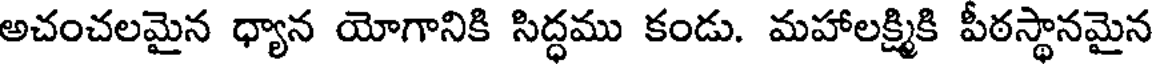
అచంచలమైన ధ్యాన యోగానికి సిద్ధము కండు. మహాలక్ష్మికి పీఠస్థానమైన